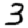
Digit: 3